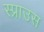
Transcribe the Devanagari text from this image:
स्प्राउस